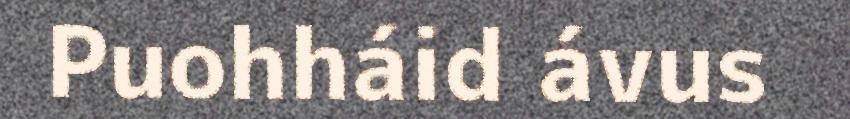
Puohháid ávus